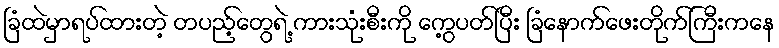
ခြံထဲမှာရပ်ထားတဲ့ တပည့်တွေရဲ့ ကားသုံးစီးကို ကွေ့ပတ်ပြီး ခြံနောက်ဖေးတိုက်ကြီးကနေ